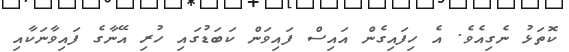
ކޮތަޅު ނެގިއެވެ. އެ ހިފައިގެން އައިސް ފައިވަން ކަބަޑުގައި ހުރި އޭނާގެ ފައިވާނަކާއި